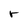
Character: r